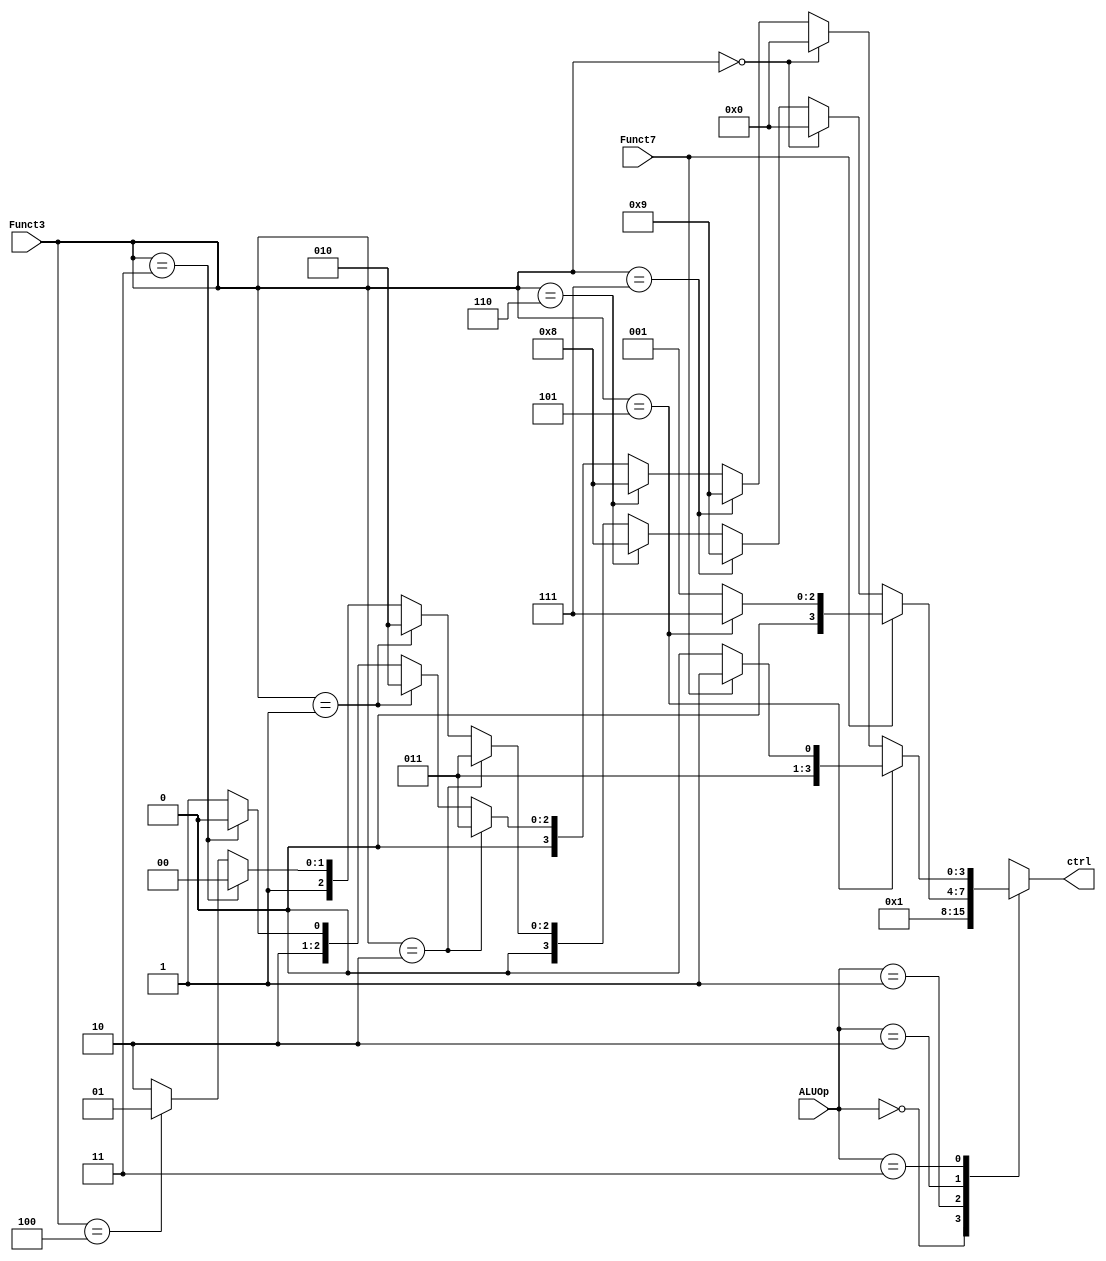
`timescale 1ns / 1ps
//////////////////////////////////////////////////////////////////////////////////
// Company: 
// Engineer: 
// 
// Design Name: 
// Module Name: ALUControl
// Project Name: 
// Target Devices: 
// Tool Versions: 
// Description: 
// 
// Dependencies: 
// 
// Revision:
// Revision 0.01 - File Created
// Additional Comments:
// 
//////////////////////////////////////////////////////////////////////////////////


module ALUControl(
    input [1:0] ALUOp,
    input Funct7,         //actually only onr bit of Funct7 makes sense
    input [2:0] Funct3,
    output reg [3:0] ctrl 
    );
    
    always @(*) begin
    case(ALUOp)
        2'b00: ctrl <= 4'b0000;  //lw or sw : add
        2'b01: ctrl <= 4'b0001;  //branch : sub
        2'b10:                  //R-type
        begin
            if(Funct7 == 1)  begin
                if(Funct3 == 3'b101) ctrl <= 4'b0111;    //sra
                else ctrl <= 4'b0001;                    //sub
            end
            else if(Funct3 == 3'b000) ctrl <= 4'b0000;  //add
            else if(Funct3 == 3'b111) ctrl <= 4'b1001;  //and
            else if(Funct3 == 3'b110) ctrl <= 4'b1000;  //or
            else if(Funct3 == 3'b010) ctrl <= 4'b0011;  //slt 
            else if(Funct3 == 3'b001) ctrl <= 4'b0010;  //sll
            else if(Funct3 == 3'b011) ctrl <= 4'b0100;  //sltu
            else if(Funct3 == 3'b100) ctrl <= 4'b0101;  //xor
            else /*if(Funct3 == 3'b101)*/ ctrl <= 4'b0110;  //srl
        end
        2'b11:
        begin
            if(Funct3 == 3'b101) begin
                if(Funct7 == 1)  ctrl <= 4'b0111;    //srai
                else             ctrl <= 4'b0110;    //srli
            end
            else if(Funct3 == 3'b000) ctrl <= 4'b0000;  //addi
            else if(Funct3 == 3'b111) ctrl <= 4'b1001;  //andi
            else if(Funct3 == 3'b110) ctrl <= 4'b1000;  //ori
            else if(Funct3 == 3'b010) ctrl <= 4'b0011;  //slti 
            else if(Funct3 == 3'b001) ctrl <= 4'b0010;  //slli
            else if(Funct3 == 3'b011) ctrl <= 4'b0100;  //sltiu
            else /*if(Funct3 == 3'b100)*/ ctrl <= 4'b0101;  //xori
        end
    endcase    
    end
endmodule